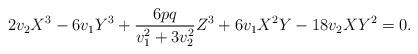
LaTeX: \begin{align*} 2v_2 X^3 - 6v_1Y^3 + \frac{6pq}{v_1^2 + 3v_2^2}Z^3 + 6v_1X^2Y-18v_2XY^2 = 0.\end{align*}